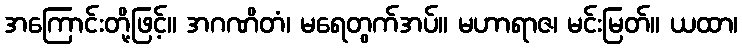
အကြောင်းတို့ဖြင့်။ အဂဏိတံ၊ မရေတွက်အပ်။ မဟာရာဇ၊ မင်းမြတ်။ ယထာ၊